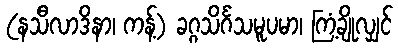
(နသီလာဒိနာ၊ ကန့်) ခဂ္ဂသိင်္ဂသမူပမာ၊ ကြံ့ချိုလျှင်